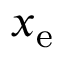
x _ { \mathrm { e } }